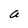
Character: a